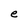
Character: e